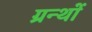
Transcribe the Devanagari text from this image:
ग्रन्थाें